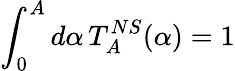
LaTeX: \int_{0}^{A}d\alpha\, T_{A}^{NS}(\alpha)=1